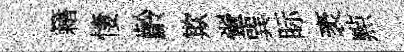
籍悽齡欺翬巽眎袤㸃